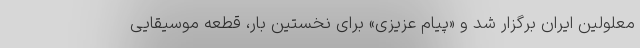
معلولین ایران برگزار شد و «پیام عزیزی» برای نخستین بار، قطعه موسیقایی